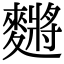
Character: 䵁